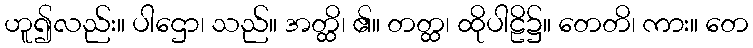
ဟူ၍လည်း။ ပါဌော၊ သည်။ အတ္ထိ၊ ၏။ တတ္ထ၊ ထိုပါဠိ၌။ တေတိ၊ ကား။ တေ